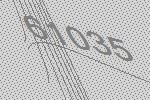
61035